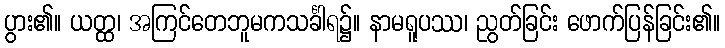
ပွား၏။ ယတ္ထ၊ အကြင်တေဘူမကသင်္ခါရ၌။ နာမရူပဿ၊ ညွတ်ခြင်း ဖောက်ပြန်ခြင်း၏။